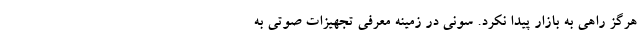
هرگز راهی به بازار پیدا نکرد. سونی در زمینه معرفی تجهیزات صوتی به